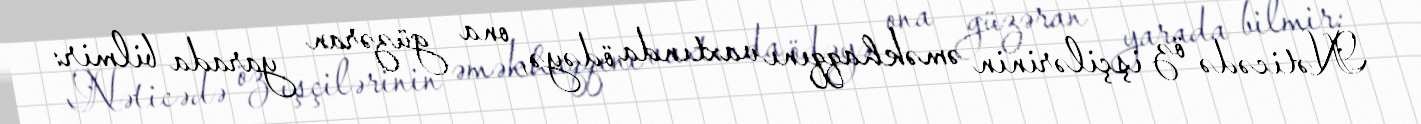
Nəticədə öz işçilərinin əməkhaqqını vaxtında ödəyə, ona güzəran yarada bilmir: